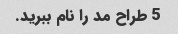
5 طراح مد را نام ببرید.